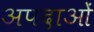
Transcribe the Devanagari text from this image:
अपदाओं